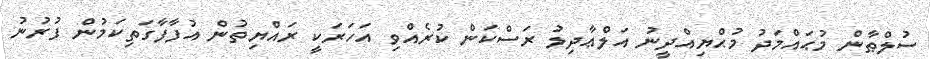
ސުލްޠާން މުޙައްމަދު މުޙްޔިއްދީނު އަލްޢާދިލު ރަސްކަން ކުރެއްވި އަހަރަކީ ރައްޔިތުން އުފާފާގަތިކަމުން ފުރުނު